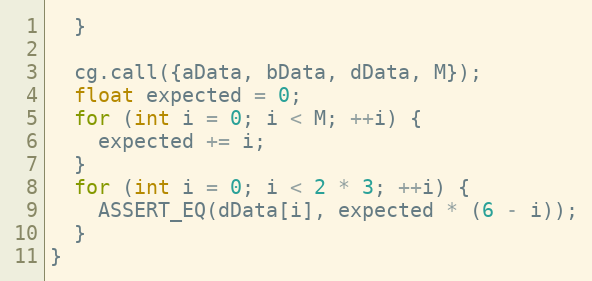
Language: C++
  }

  cg.call({aData, bData, dData, M});
  float expected = 0;
  for (int i = 0; i < M; ++i) {
    expected += i;
  }
  for (int i = 0; i < 2 * 3; ++i) {
    ASSERT_EQ(dData[i], expected * (6 - i));
  }
}